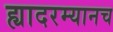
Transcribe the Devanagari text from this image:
ह्यादरम्यानच